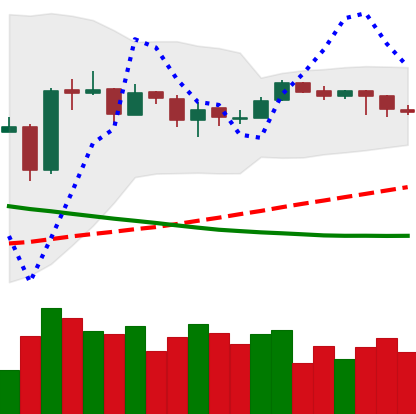
Ticker: EOS-USD
Chart end date: 2019-03-22
Forward return: 18.37%
Label: up_7plus